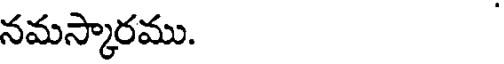
నమస్కారము.